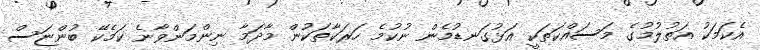
އެކަމަކު އަތުލުމުގެ މަސައްކަތަކީ އަޅުގަނޑުމެން ނުކުމެ ހަރަކާތަކުން މާދަމާ ނިންމަންވާނެ ކަމެކޭ ބުންޏަސް